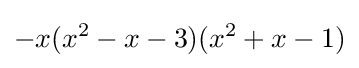
-x(x^{2}-x-3)(x^{2}+x-1)